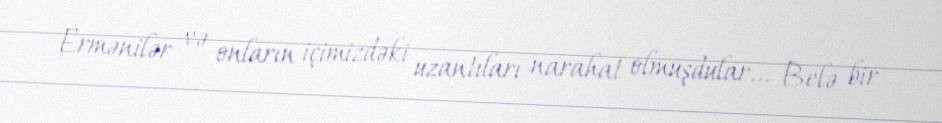
Ermənilər və onların içimizdəki uzantıları narahat olmuşdular... Belə bir